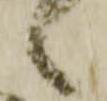
之